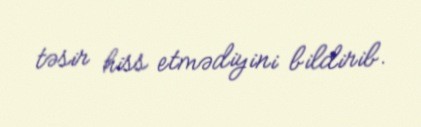
təsir hiss etmədiyini bildirib.